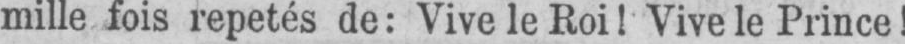
mille fois repetés de: Vive le Roi! Vive le Prince!